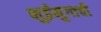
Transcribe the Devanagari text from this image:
भुईमुगाची